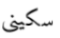
سكيني